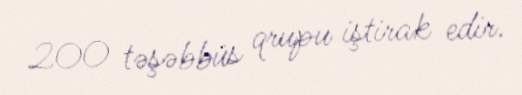
200 təşəbbüs qrupu iştirak edir.